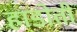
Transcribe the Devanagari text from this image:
हाडोती